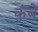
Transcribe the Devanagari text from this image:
कुंबे